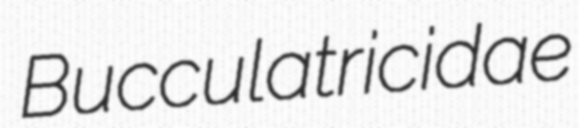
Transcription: Bucculatricidae